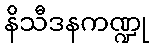
နိသီဒနကဏ္ဍု